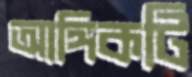
আঙ্গিকটি